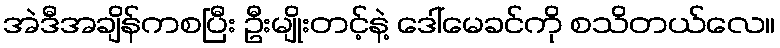
အဲဒီအချိန်ကစပြီး ဦးမျိုးတင့်နဲ့ ဒေါ်မေခင်ကို စသိတယ်လေ။